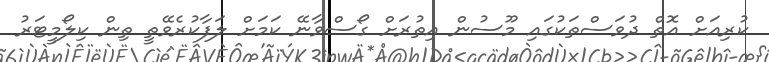
ކުރިއަށް އޮތް ދުވަސްތަކުގައި މޫސުން އިތުރަށް ގޯސްވާނޭ ކަމަށް ލަފާކުރެވޭތީ ތިން ކިލޯމީޓަރު